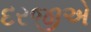
દરજીએ